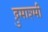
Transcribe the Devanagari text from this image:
द्रुमाश्मी